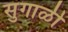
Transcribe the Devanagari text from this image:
सुगाळी